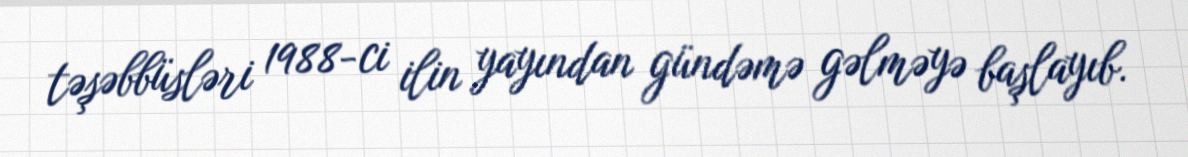
təşəbbüsləri 1988-ci ilin yayından gündəmə gəlməyə başlayıb.